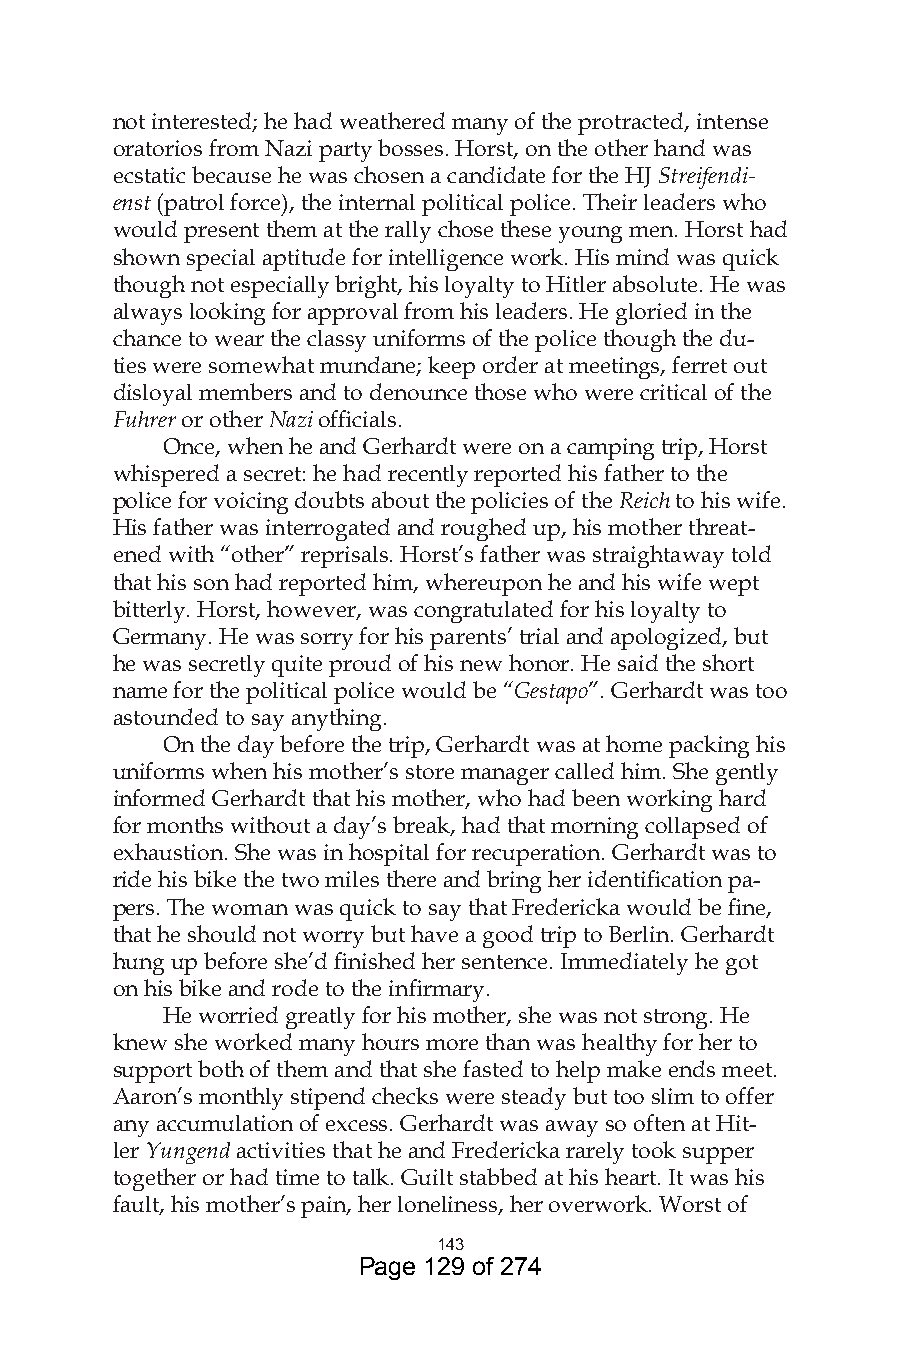
not interested; he had weathered many of the protracted, intense
 oratorios from Nazi party bosses. Horst, on the other hand was
 ecstatic because he was chosen a candidate for the HJ Streifendi-
 enst (patrol force), the internal political police. Their leaders who
 would present them at the rally chose these young men. Horst had
 shown special aptitude for intelligence work. His mind was quick
 though not especially bright, his loyalty to Hitler absolute. He was
 always looking for approval from his leaders. He gloried in the
 chance to wear the classy uniforms of the police though the du-
 ties were somewhat mundane; keep order at meetings, ferret out
 disloyal members and to denounce those who were critical of the
 Fuhrer or other Nazi officials.
 Once, when he and Gerhardt were on a camping trip, Horst
 whispered a secret: he had recently reported his father to the
 police for voicing doubts about the policies of the Reich to his wife.
 His father was interrogated and roughed up, his mother threat-
 ened with “other” reprisals. Horst’s father was straightaway told
 that his son had reported him, whereupon he and his wife wept
 bitterly. Horst, however, was congratulated for his loyalty to
 Germany. He was sorry for his parents’ trial and apologized, but
 he was secretly quite proud of his new honor. He said the short
 name for the political police would be “Gestapo”. Gerhardt was too
 astounded to say anything.
 On the day before the trip, Gerhardt was at home packing his
 uniforms when his mother’s store manager called him. She gently
 informed Gerhardt that his mother, who had been working hard
 for months without a day’s break, had that morning collapsed of
 exhaustion. She was in hospital for recuperation. Gerhardt was to
 ride his bike the two miles there and bring her identification pa-
 pers. The woman was quick to say that Fredericka would be fine,
 that he should not worry but have a good trip to Berlin. Gerhardt
 hung up before she’d finished her sentence. Immediately he got
 on his bike and rode to the infirmary.
 He worried greatly for his mother, she was not strong. He
 knew she worked many hours more than was healthy for her to
 support both of them and that she fasted to help make ends meet.
 Aaron’s monthly stipend checks were steady but too slim to offer
 any accumulation of excess. Gerhardt was away so often at Hit-
 ler Yungend activities that he and Fredericka rarely took supper
 together or had time to talk. Guilt stabbed at his heart. It was his
 fault, his mother’s pain, her loneliness, her overwork. Worst of
 4
 Page 129 of 274